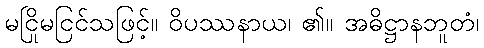
မငြိုမငြင်သဖြင့်။ ဝိပဿနာယ၊ ၏။ အဓိဋ္ဌာနဘူတံ၊